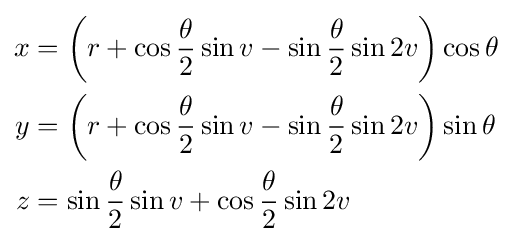
{\begin{aligned}x&=\left(r+\cos {\frac {\theta }{2}}\sin v-\sin {\frac {\theta }{2}}\sin 2v\right)\cos \theta \\y&=\left(r+\cos {\frac {\theta }{2}}\sin v-\sin {\frac {\theta }{2}}\sin 2v\right)\sin \theta \\z&=\sin {\frac {\theta }{2}}\sin v+\cos {\frac {\theta }{2}}\sin 2v\end{aligned}}